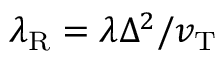
\lambda _ { \mathrm { R } } = \lambda \Delta ^ { 2 } / v _ { \mathrm { T } }